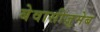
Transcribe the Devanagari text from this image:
बेवासीज़ुमेब